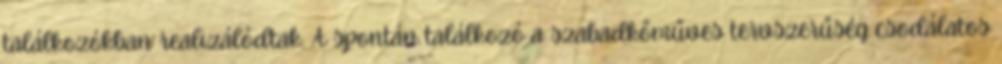
találkozókban realizálódtak. A spontán találkozó a szabadkőműves tervszerűség csodálatos